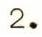
2.